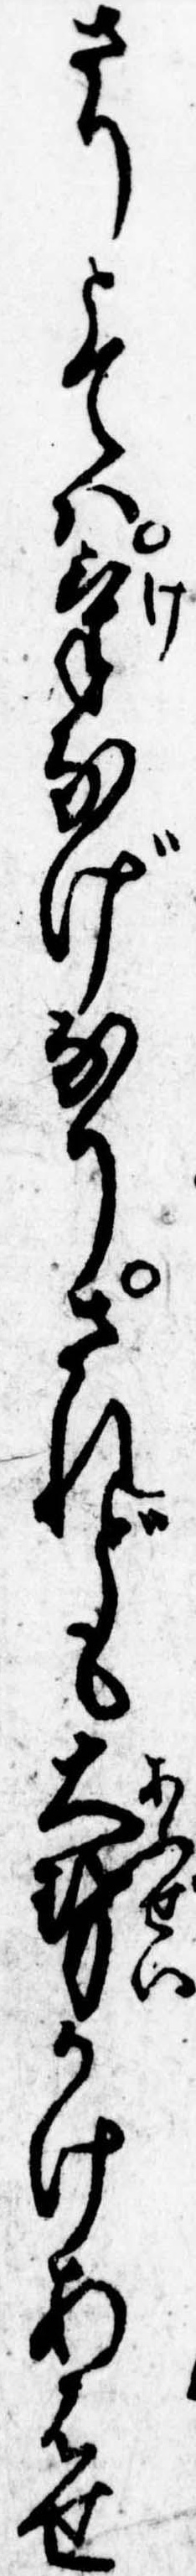
さりとては気なげなりされども大勢かけあはせ